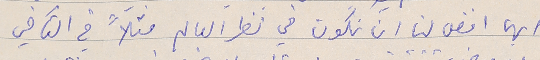
ايهما افضل لنا ان نكون في نظر العالم مثلاً في التآخي